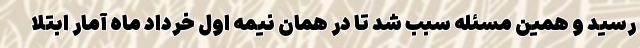
رسید و همین مسئله سبب شد تا در همان نیمه اول خرداد ماه آمار ابتلا